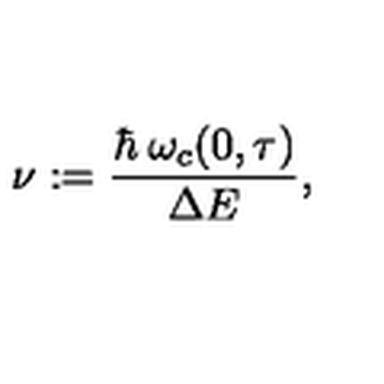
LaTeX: \nu : = \frac { \hbar \: \omega _ { c } ( 0 , \tau ) } { \Delta E } ,